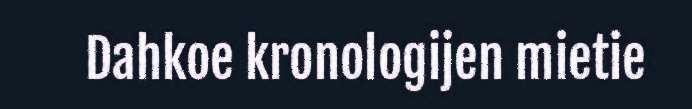
Dahkoe kronologijen mietie